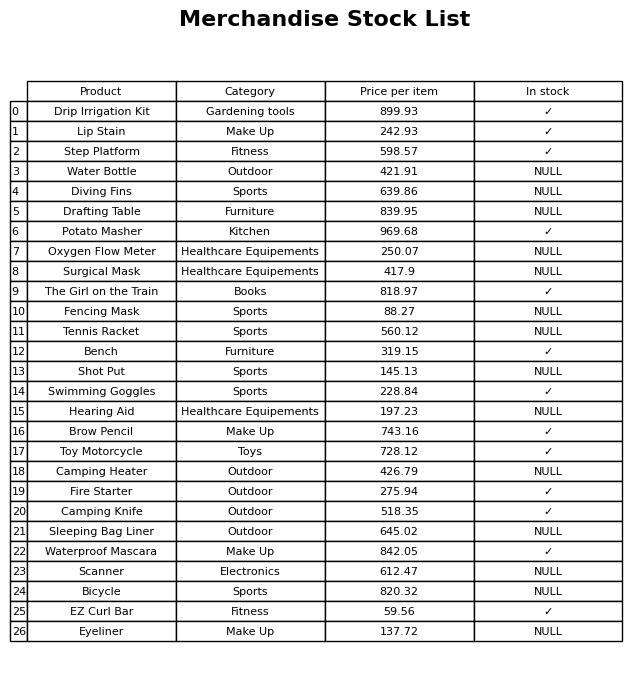
question: What is the price for Hearing Aid?
answer: The price of Hearing Aid is 197.23.